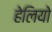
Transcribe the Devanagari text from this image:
हेलियो